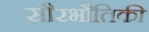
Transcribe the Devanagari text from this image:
सौरभौतिकी